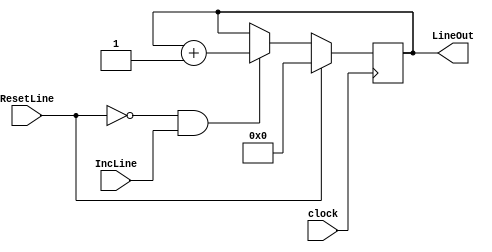
/*Module for line counter*/
module linecounter(clock,ResetLine,IncLine,LineOut);
input clock;
input ResetLine;
input IncLine;
output [9:0] LineOut;
reg [9:0] LineOut;

initial
begin
 LineOut=10'b0;
end

always@(posedge clock)
begin
if(ResetLine==1'b1)
LineOut <= 10'b0;
/*Line counter to increment only when IncLine signal received from the controller */

else if (ResetLine==0 && IncLine==1)
LineOut <= LineOut + 10'b1;
end
endmodule